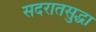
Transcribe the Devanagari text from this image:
सदरातसुद्धा